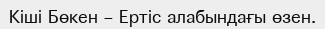
Кіші Бөкен – Ертіс алабындағы өзен.